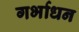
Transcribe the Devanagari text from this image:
गर्भाधन